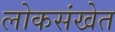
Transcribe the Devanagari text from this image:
लोकसंखेत